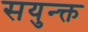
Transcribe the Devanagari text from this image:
सयुन्क्त